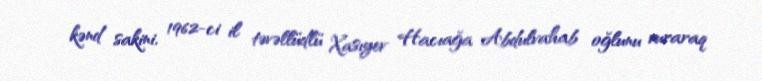
kənd sakini, 1962-ci il təvəllüdlü Xasıyev Hacıağa Abdulvahab oğlunu vuraraq